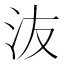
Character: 𰛍